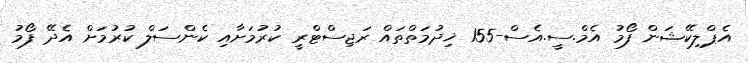
އެޕްލިކޭޝަން ފޯމު އެމް.ސީ.އެސް-155 ޚިދުމަތްތައް ރަޖިސްޓްރީ ކުރުމަށާއި ކެންސަލް ކުރުމަށް އެދޭ ފޯމު